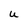
Character: U